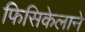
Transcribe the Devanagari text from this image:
फिसिकेलाने